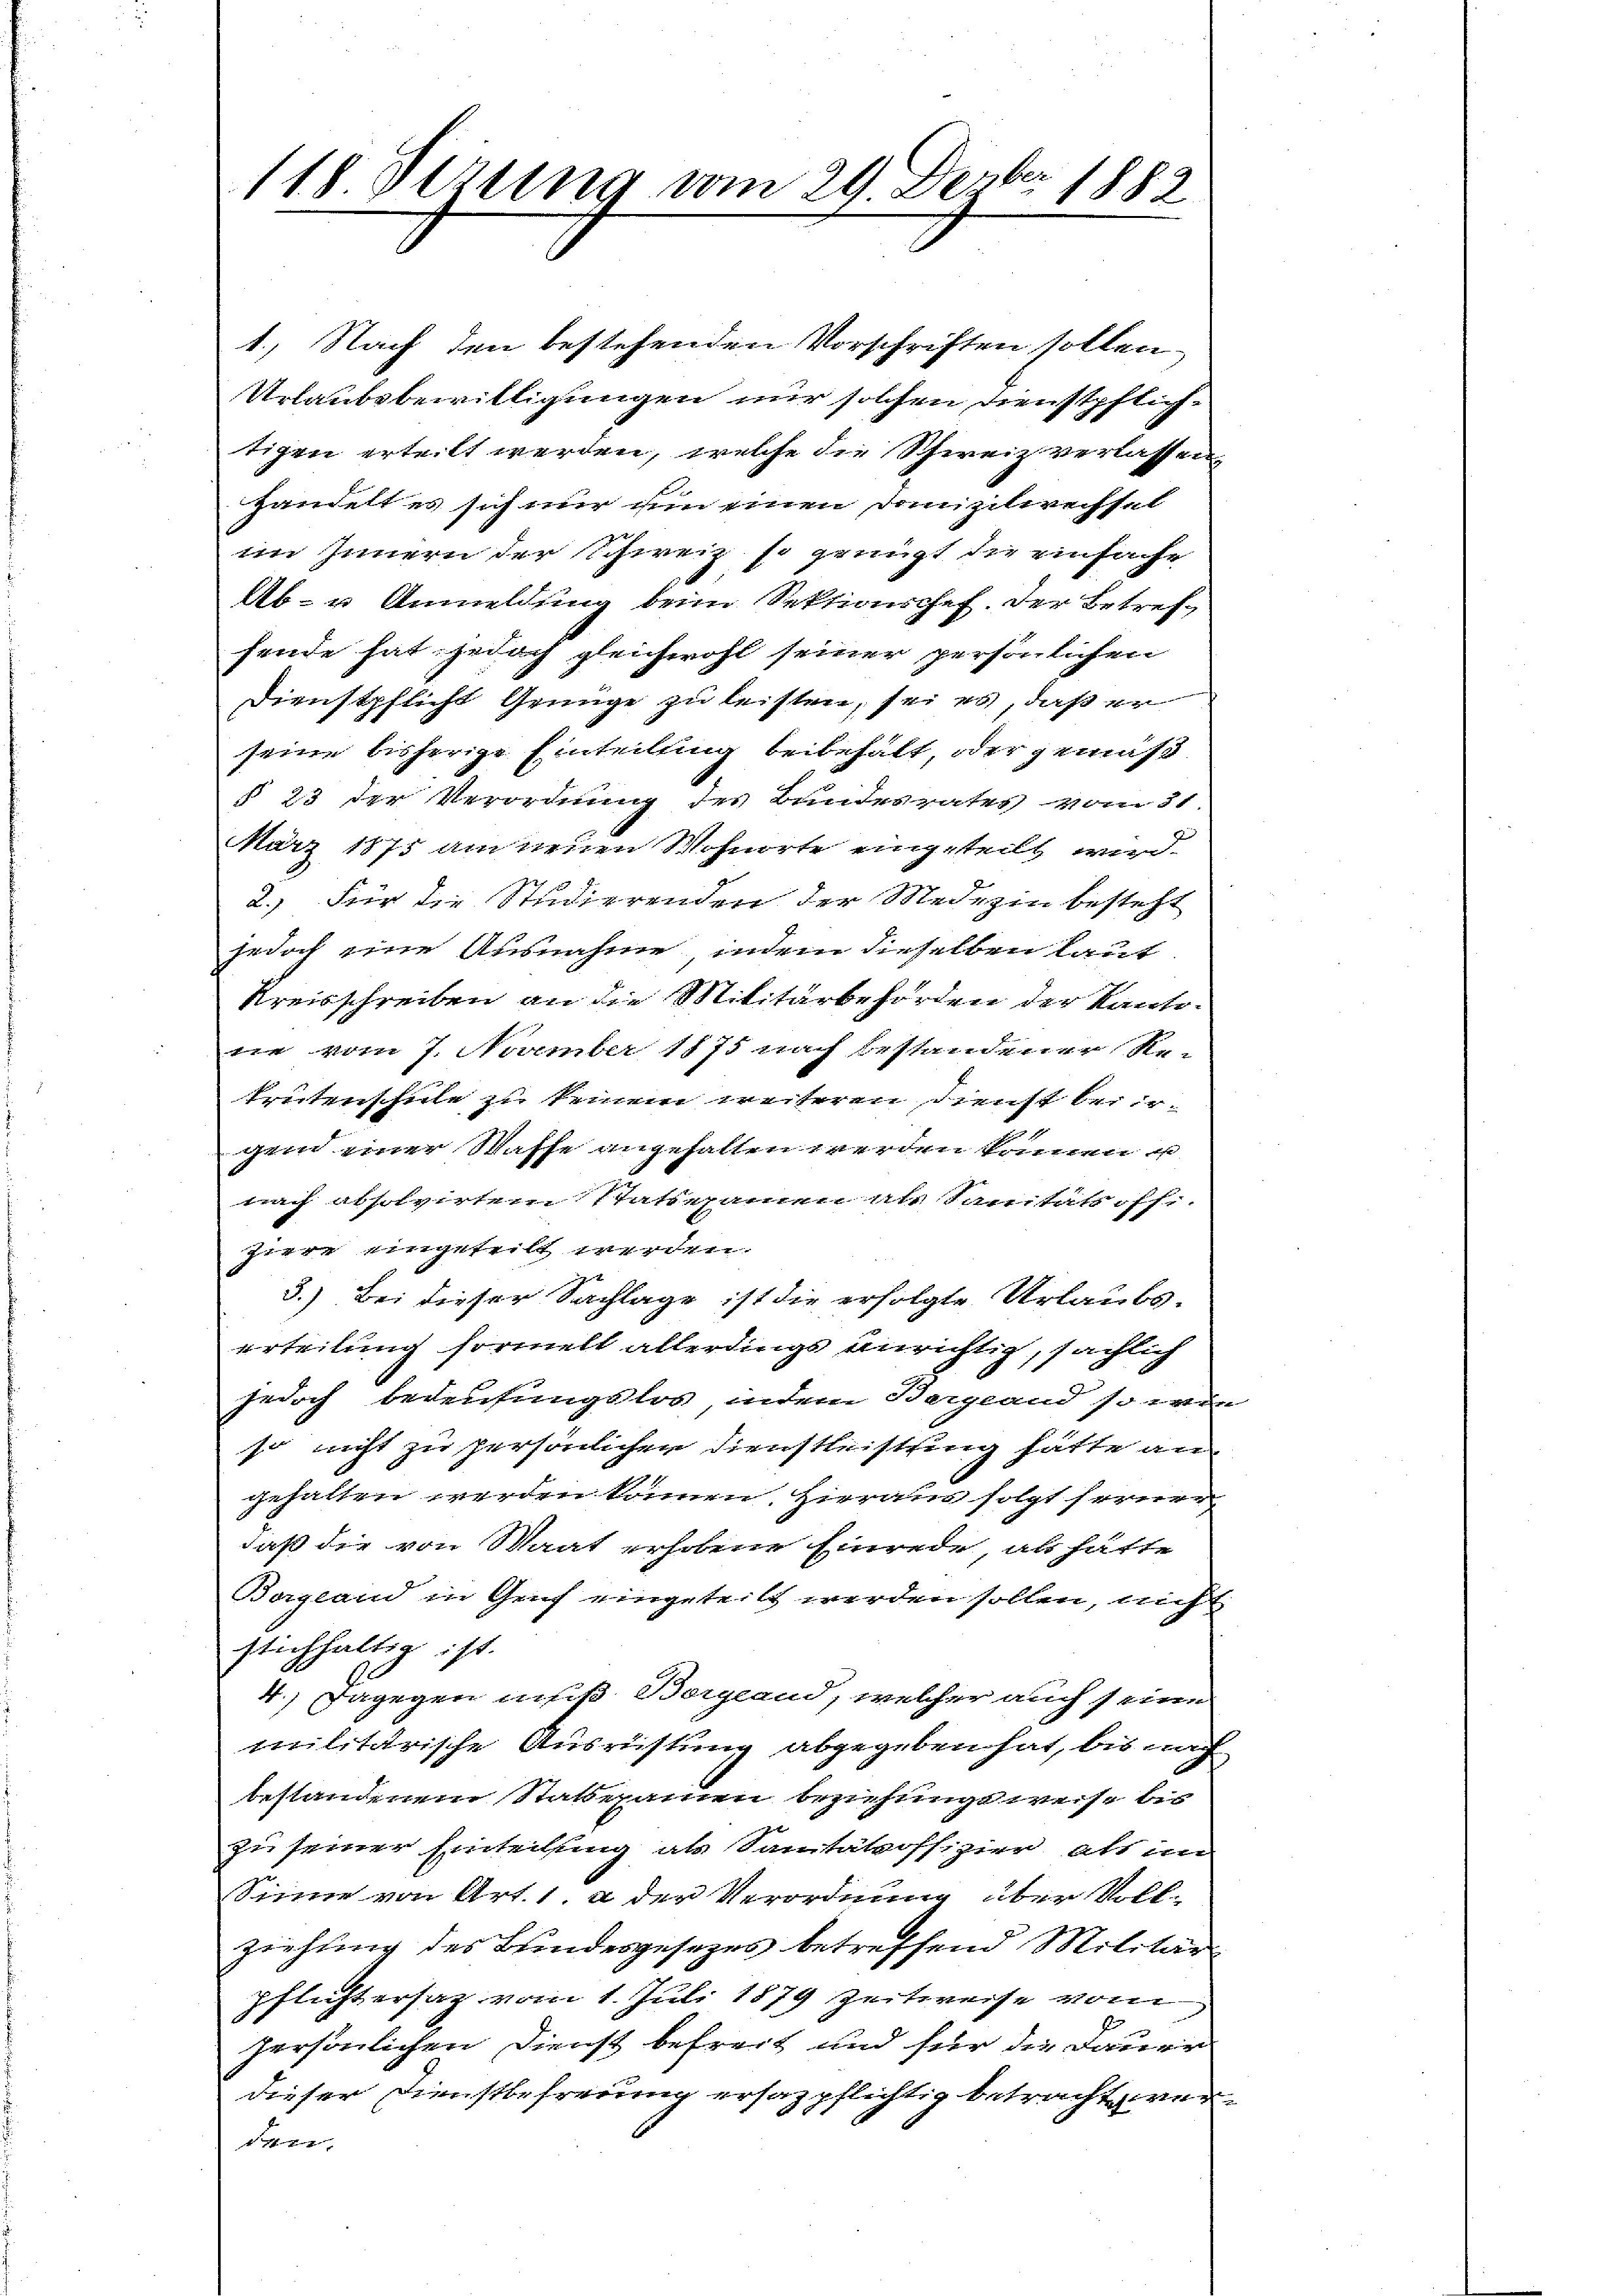
118. Ferung vom 29. Dezbr. 1883

1.) Nach den bestehenden Vorschriften sollen
Urlaubsbewilligungen nur solchen dienstpflich-
tigen erteilt werden, welche die Schweiz verlassen
.
handelt es sich nur um einen Domizilirechsel
im Innern der Schweiz so genügt die einfache

Ab- u Anmeldung beim Sektionschef. Der Betrefsende hat jedoch gleichwohl seiner persönlichen |
.
Dienstpflicht Genüge zu leisten, sei es, daß er
seine bisherige Einteilung beibehalt, oder gemäß
§ 23 der Verordnung des Bundesrates vom 31
März 1875 am neuen Wohnorte eingeteilt wird.
2.) Für die Studierenden der Medizin besteht
jedoch eine Ausnahme, indem dieselben laut
Kreisschreiben an die Militärbehörden der Kanto
die vom 7. November 1875 nach bestandener Re-
trutenschule zu keinem weiteren Dienst bei ir-
gen einer Waffe angehalten werden können u.
nach absolvirten Statsnamen als Sanitätsoffi-
hiere eingeteilt werden.
5.) Bei dieser Sachlage ist die erfolgte Urlaubs-
erteilung formelt allerdings unrichtig, sächlich
furch bedeutungslos, indem Bergland so wie
so nicht zu persönlichen Dienstleistung hätte an
gehalten werden können. Hieraus folgt ferner
daß die von Staat erhobene Einrede, als hätte
Dogland in Genf eingeteilt werden sollen, nicht
stichhaltig ist.
4.) Dagegen muß Borgend, welcher auch seine
militärische Ausrüstung abgegeben hat, bis nach
bestandenem Statsexamen beziehungsweise bis
zu seiner Einteilung als Sanitätsoffizier als im
Sinne von Art. 1. a der Verordnung über Voll-
ziehung des Bundesgesezes betreffend Militär
pflicht ersag vom 1. Juli 1879 zeitweise vom
persönlichen Dienst befreit und für die Dauer
dieser Dienstbefreung ersagpflichtig betracht war.
e